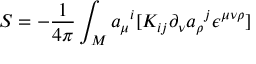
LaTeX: S = - { \frac { 1 } { 4 \pi } } \int _ { M } { a _ { \mu } } ^ { i } [ K _ { i j } \partial _ { \nu } { a _ { \rho } } ^ { j } \epsilon ^ { \mu \nu \rho } ]